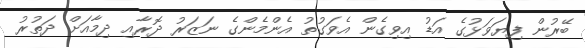
ބޭރުން ފިޔަވަޅުގެ އަޑު އިވިގެން އެވަގުތު އެންމެންގެ ނަޒަރު ދޮރާއި ދިމާއަށް ދަތުރު